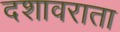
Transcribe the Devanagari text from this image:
दशावराता